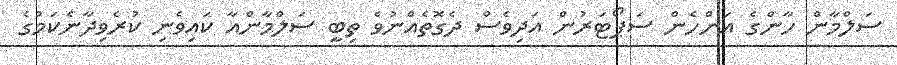
ސަލްމާން ހާންގެ އަންހެން ސަޕޯޓަރުން އަދިވެސް ދެގޮތެއްނުވެ ތިބީ ސަލްމާންއާ ކައިވެނި ކުރެވިދާނެކަމުގެ